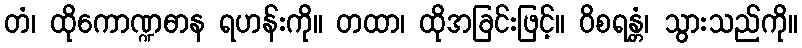
တံ၊ ထိုကောဏ္ဍဓာန ရဟန်းကို။ တထာ၊ ထိုအခြင်းဖြင့်။ ဝိစရန္တံ၊ သွားသည်ကို။